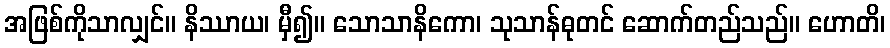
အဖြစ်ကိုသာလျှင်။ နိဿာယ၊ မှီ၍။ သောသာနိကော၊ သုသာန်ဓုတင် ဆောက်တည်သည်။ ဟောတိ၊